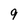
Character: 9